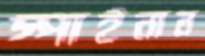
স্পাইনাল